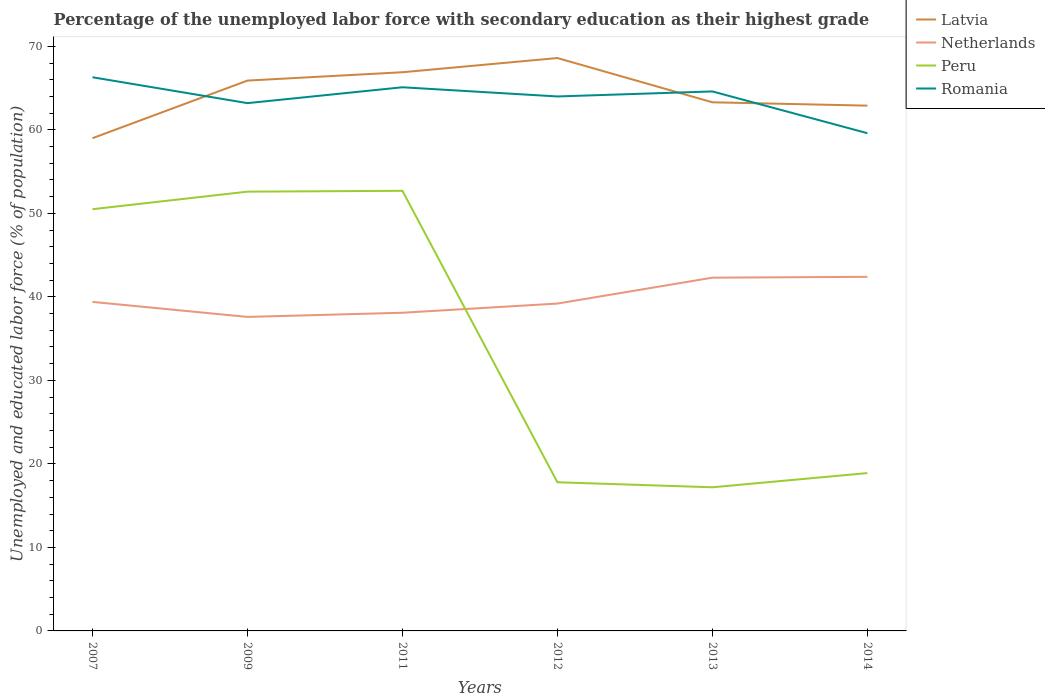
| Years | Latvia | Netherlands | Peru | Romania |
 | --- | --- | --- | --- | --- |
 | 2007 | 59 | 39.4 | 50.5 | 66.3 |
 | 2009 | 65.9 | 37.6 | 52.6 | 63.2 |
 | 2011 | 66.9 | 38.1 | 52.7 | 65.1 |
 | 2012 | 68.6 | 39.2 | 17.8 | 64 |
 | 2013 | 63.3 | 42.3 | 17.2 | 64.6 |
 | 2014 | 62.9 | 42.4 | 18.9 | 59.6 |